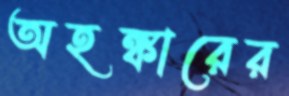
অহঙ্কারের